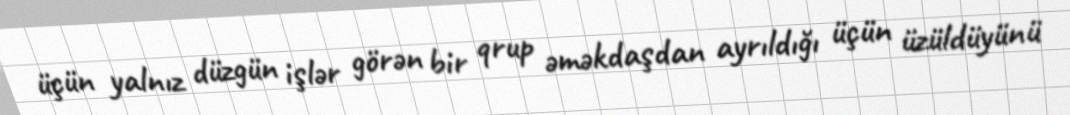
üçün yalnız düzgün işlər görən bir qrup əməkdaşdan ayrıldığı üçün üzüldüyünü